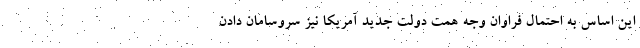
این اساس به احتمال فراوان وجه همت دولت جدید آمریکا نیز سروسامان دادن